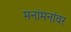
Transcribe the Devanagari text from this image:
मनांमनांवर